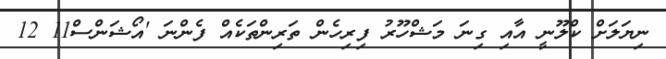
ނިޔަލަށް ކްލޫނީ އާއި ގިނަ މަޝްހޫރު ފިރިހެން ތަރިންތަކެއް ފެންނަ 'އޯޝަންސް11 12